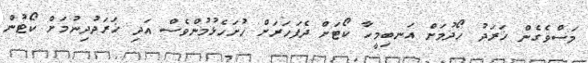
މަސްވެގެން ޚަރަދު ހޯދުމަށް އަނބިމީހާ ކޯޓަށް ދެފަހަރަށް ހުށަހެޅުމުންވެސް އަދި ޚަރަދުދިނުމަށް ކޯޓުން